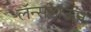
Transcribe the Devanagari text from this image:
लॅन्सडाऊन